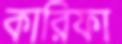
কারিফা